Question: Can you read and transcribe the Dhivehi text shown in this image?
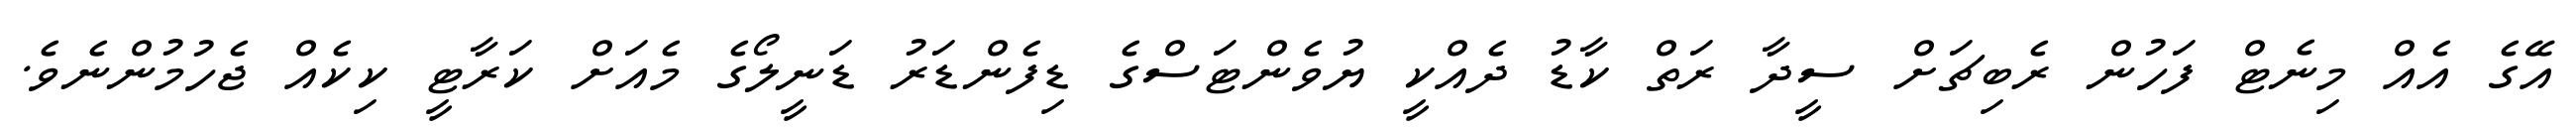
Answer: އޭގެ އެއް މިނެޓް ފަހުން ރެބިޗަށް ސީދާ ރަތް ކާޑު ދެއްކީ ޔުވެންޓަސްގެ ޑިފެންޑަރު ޑަނީލޯގެ މެއަށް ކަރާޓީ ކިކެއް ޖެހުމުންނެވެ.